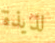
لذيذة